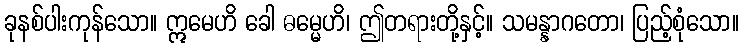
ခုနစ်ပါးကုန်သော။ ဣမေဟိ ခေါ ဓမ္မေဟိ၊ ဤတရားတို့နှင့်။ သမန္နာဂတော၊ ပြည့်စုံသော။